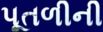
પૂતળીની